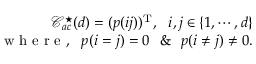
\begin{array} { r } { \mathcal { C } _ { a c } ^ { \star } ( d ) = ( p ( i j ) ) ^ { \mathrm { T } } , ~ ~ i , j \in \{ 1 , \cdots , d \} } \\ { \mathrm { ~ w ~ h ~ e ~ r ~ e ~ } , ~ ~ p ( i = j ) = 0 ~ ~ \& ~ ~ p ( i \neq j ) \neq 0 . } \end{array}